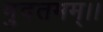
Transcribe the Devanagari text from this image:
मुदतमम्।।